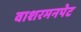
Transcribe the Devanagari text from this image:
वाशरमनपेट